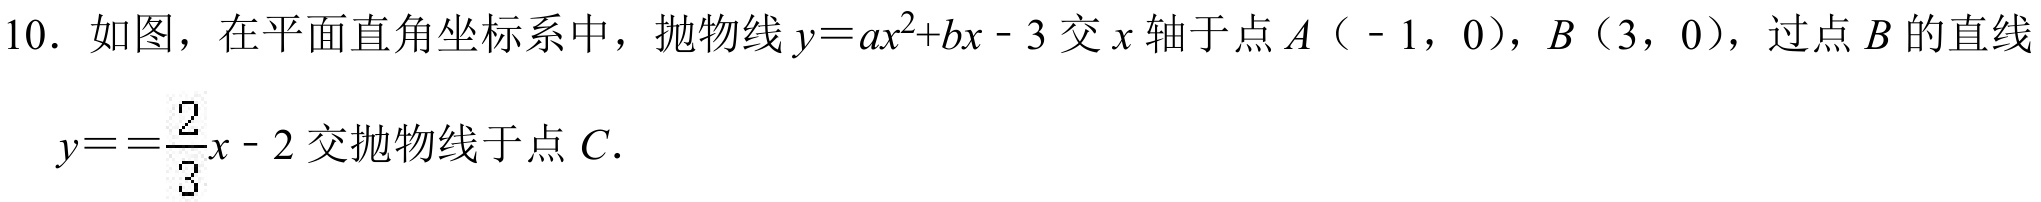
10. 如图，在平面直角坐标系中，抛物线\(y = ax^{2}+bx - 3\)交\(x\)轴于点\(A（ - 1，0）\)，\(B（3，0）\)，过点\(B\)的直线\(y=\dfrac{2}{3}x - 2\)交抛物线于点\(C\).